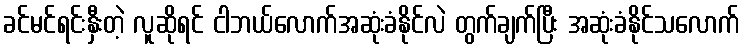
ခင်မင်ရင်းနှီးတဲ့ လူဆိုရင် ငါဘယ်လောက်အဆုံးခံနိုင်လဲ တွက်ချက်ပြီး အဆုံးခံနိုင်သလောက်